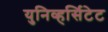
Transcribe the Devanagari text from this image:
युनिव्हर्सिटेट